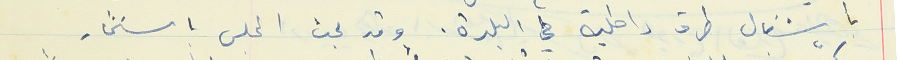
باشغال طرق داخلية في البلدة. وقد بحث المجلس باستثمار